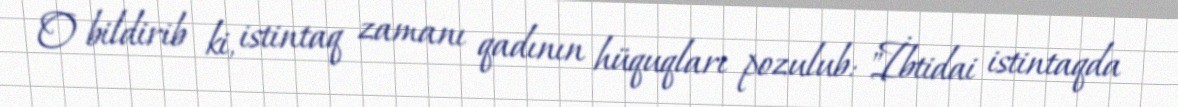
O bildirib ki, istintaq zamanı qadının hüquqları pozulub: "İbtidai istintaqda